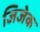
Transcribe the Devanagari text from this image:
जिजेक